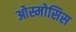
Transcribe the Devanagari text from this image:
ओस्मोसिस